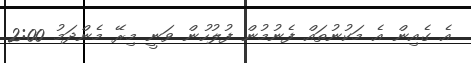
އެ ގެއިން އެ މަކުނުތައް ފެނުމުން ފުލުހުން ވަނީ މިރޭ މެންދަމު 2:00